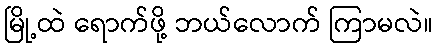
မြို့ထဲ ရောက်ဖို့ ဘယ်လောက် ကြာမလဲ။